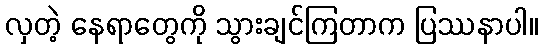
လှတဲ့ နေရာတွေကို သွားချင်ကြတာက ပြဿနာပါ။